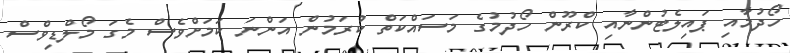
ހޯދުމާއި ޕައިލެޓުންނާއި ކްރޫން ހޯދުމުގެ މަސައްކަތް ކުރަމުން އަންނަ ކަމަށްވެސް މެގަ މޯލްޑިވްސް